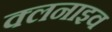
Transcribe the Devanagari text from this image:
क्लनाइव